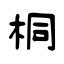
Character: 桐